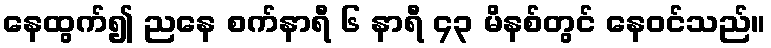
နေထွက်၍ ညနေ စက်နာရီ ၆ နာရီ ၄၃ မိနစ်တွင် နေဝင်သည်။